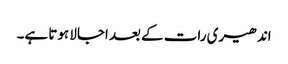
اندھیری رات کے بعد اجالا ہوتا ہے۔